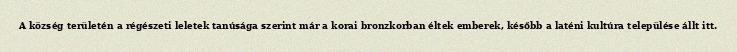
A község területén a régészeti leletek tanúsága szerint már a korai bronzkorban éltek emberek, később a laténi kultúra települése állt itt.